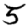
Digit: 5